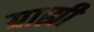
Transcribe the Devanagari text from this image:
ग्राह्यी